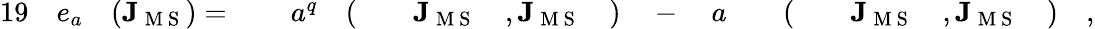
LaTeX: \begin{array}{rlrlrlrlrlrlrlrlrlr}{{19}}&{{}e_{a}}&{(\mathbf{J}_{\mathrm{~M~S~}})={}}&{{}}&{a^{q}}&{{}(}&{}&{{}\mathbf{J}_{\mathrm{~M~S~}}}&{,\mathbf{J}_{\mathrm{~M~S~}}}&{{})}&{{}-{}}&{{}a}&{}&{{}(}&{}&{{}\mathbf{J}_{\mathrm{~M~S~}}}&{,\mathbf{J}_{\mathrm{~M~S~}}}&{{})}&{,}\end{array}